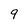
Character: 9